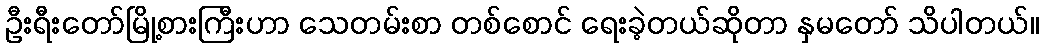
ဦးရီးတော်မြို့စားကြီးဟာ သေတမ်းစာ တစ်စောင် ရေးခဲ့တယ်ဆိုတာ နှမတော် သိပါတယ်။